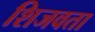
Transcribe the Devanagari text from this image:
शिजवता